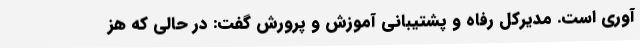
آوری است. مدیرکل رفاه و پشتیبانی آموزش و پرورش گفت: در حالی که هز